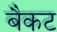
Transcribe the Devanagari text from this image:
बैकट